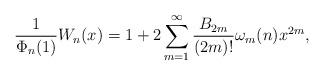
LaTeX: \begin{align*}\frac{1}{\Phi_n(1)} W_n(x) = 1 + 2 \sum_{m=1}^\infty \frac{B_{2m}}{(2m)!} \omega_m(n) x^{2m},\end{align*}